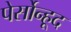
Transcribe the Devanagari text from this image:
पेर्सोन्हूद